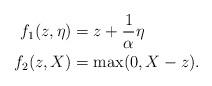
LaTeX: \begin{align*}f_1(z,\eta) &= z+ \frac{1}{\alpha}\eta\\f_2(z,X) &= \max (0, X-z).\end{align*}